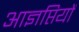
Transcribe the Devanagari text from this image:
आज्ञप्तियों